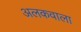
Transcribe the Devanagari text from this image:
अलकवाला